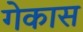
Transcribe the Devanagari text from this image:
गेकास